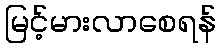
မြင့်မားလာစေရန်